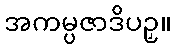
အကမ္ပဇာဒိပဉှ။